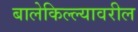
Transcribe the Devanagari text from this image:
बालेकिल्ल्यावरील